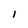
Character: I